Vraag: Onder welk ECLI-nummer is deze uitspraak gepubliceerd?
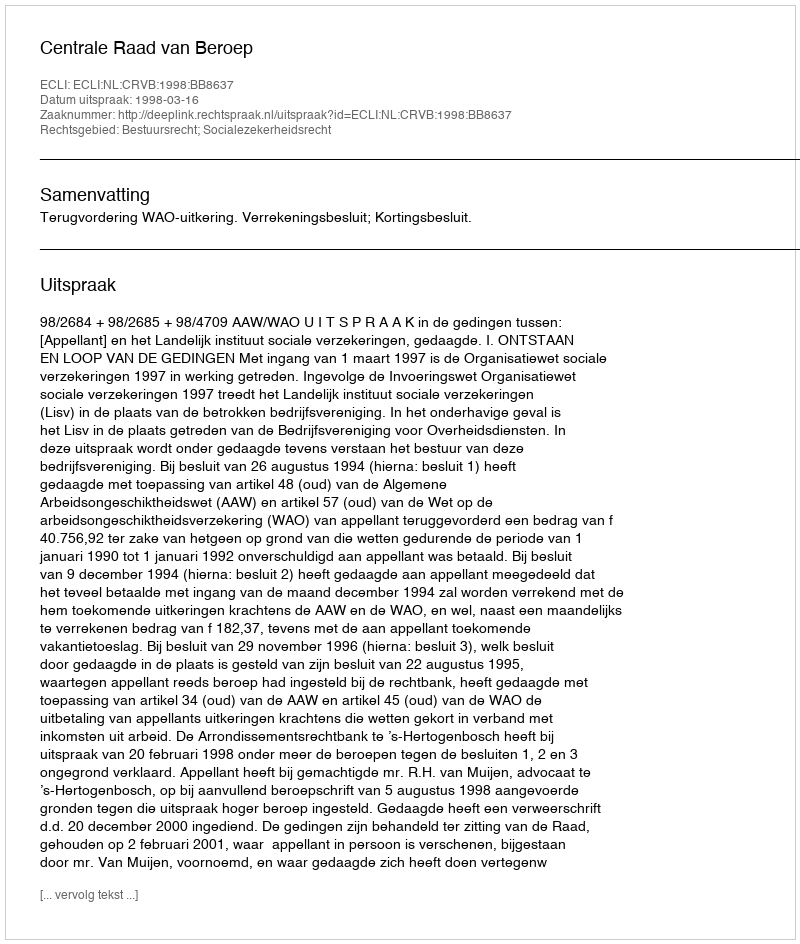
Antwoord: ECLI:NL:CRVB:1998:BB8637